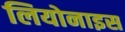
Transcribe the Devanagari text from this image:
लियोनाइस